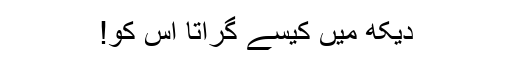
دیکھ میں کیسے گراتا اُس کو!